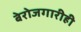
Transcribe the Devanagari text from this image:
बेरोजगारीही